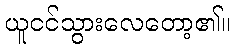
ယူငင်သွားလေတော့၏။